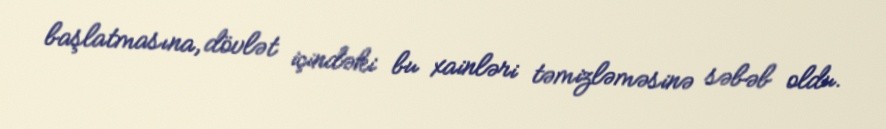
başlatmasına, dövlət içindəki bu xainləri təmizləməsinə səbəb oldu.